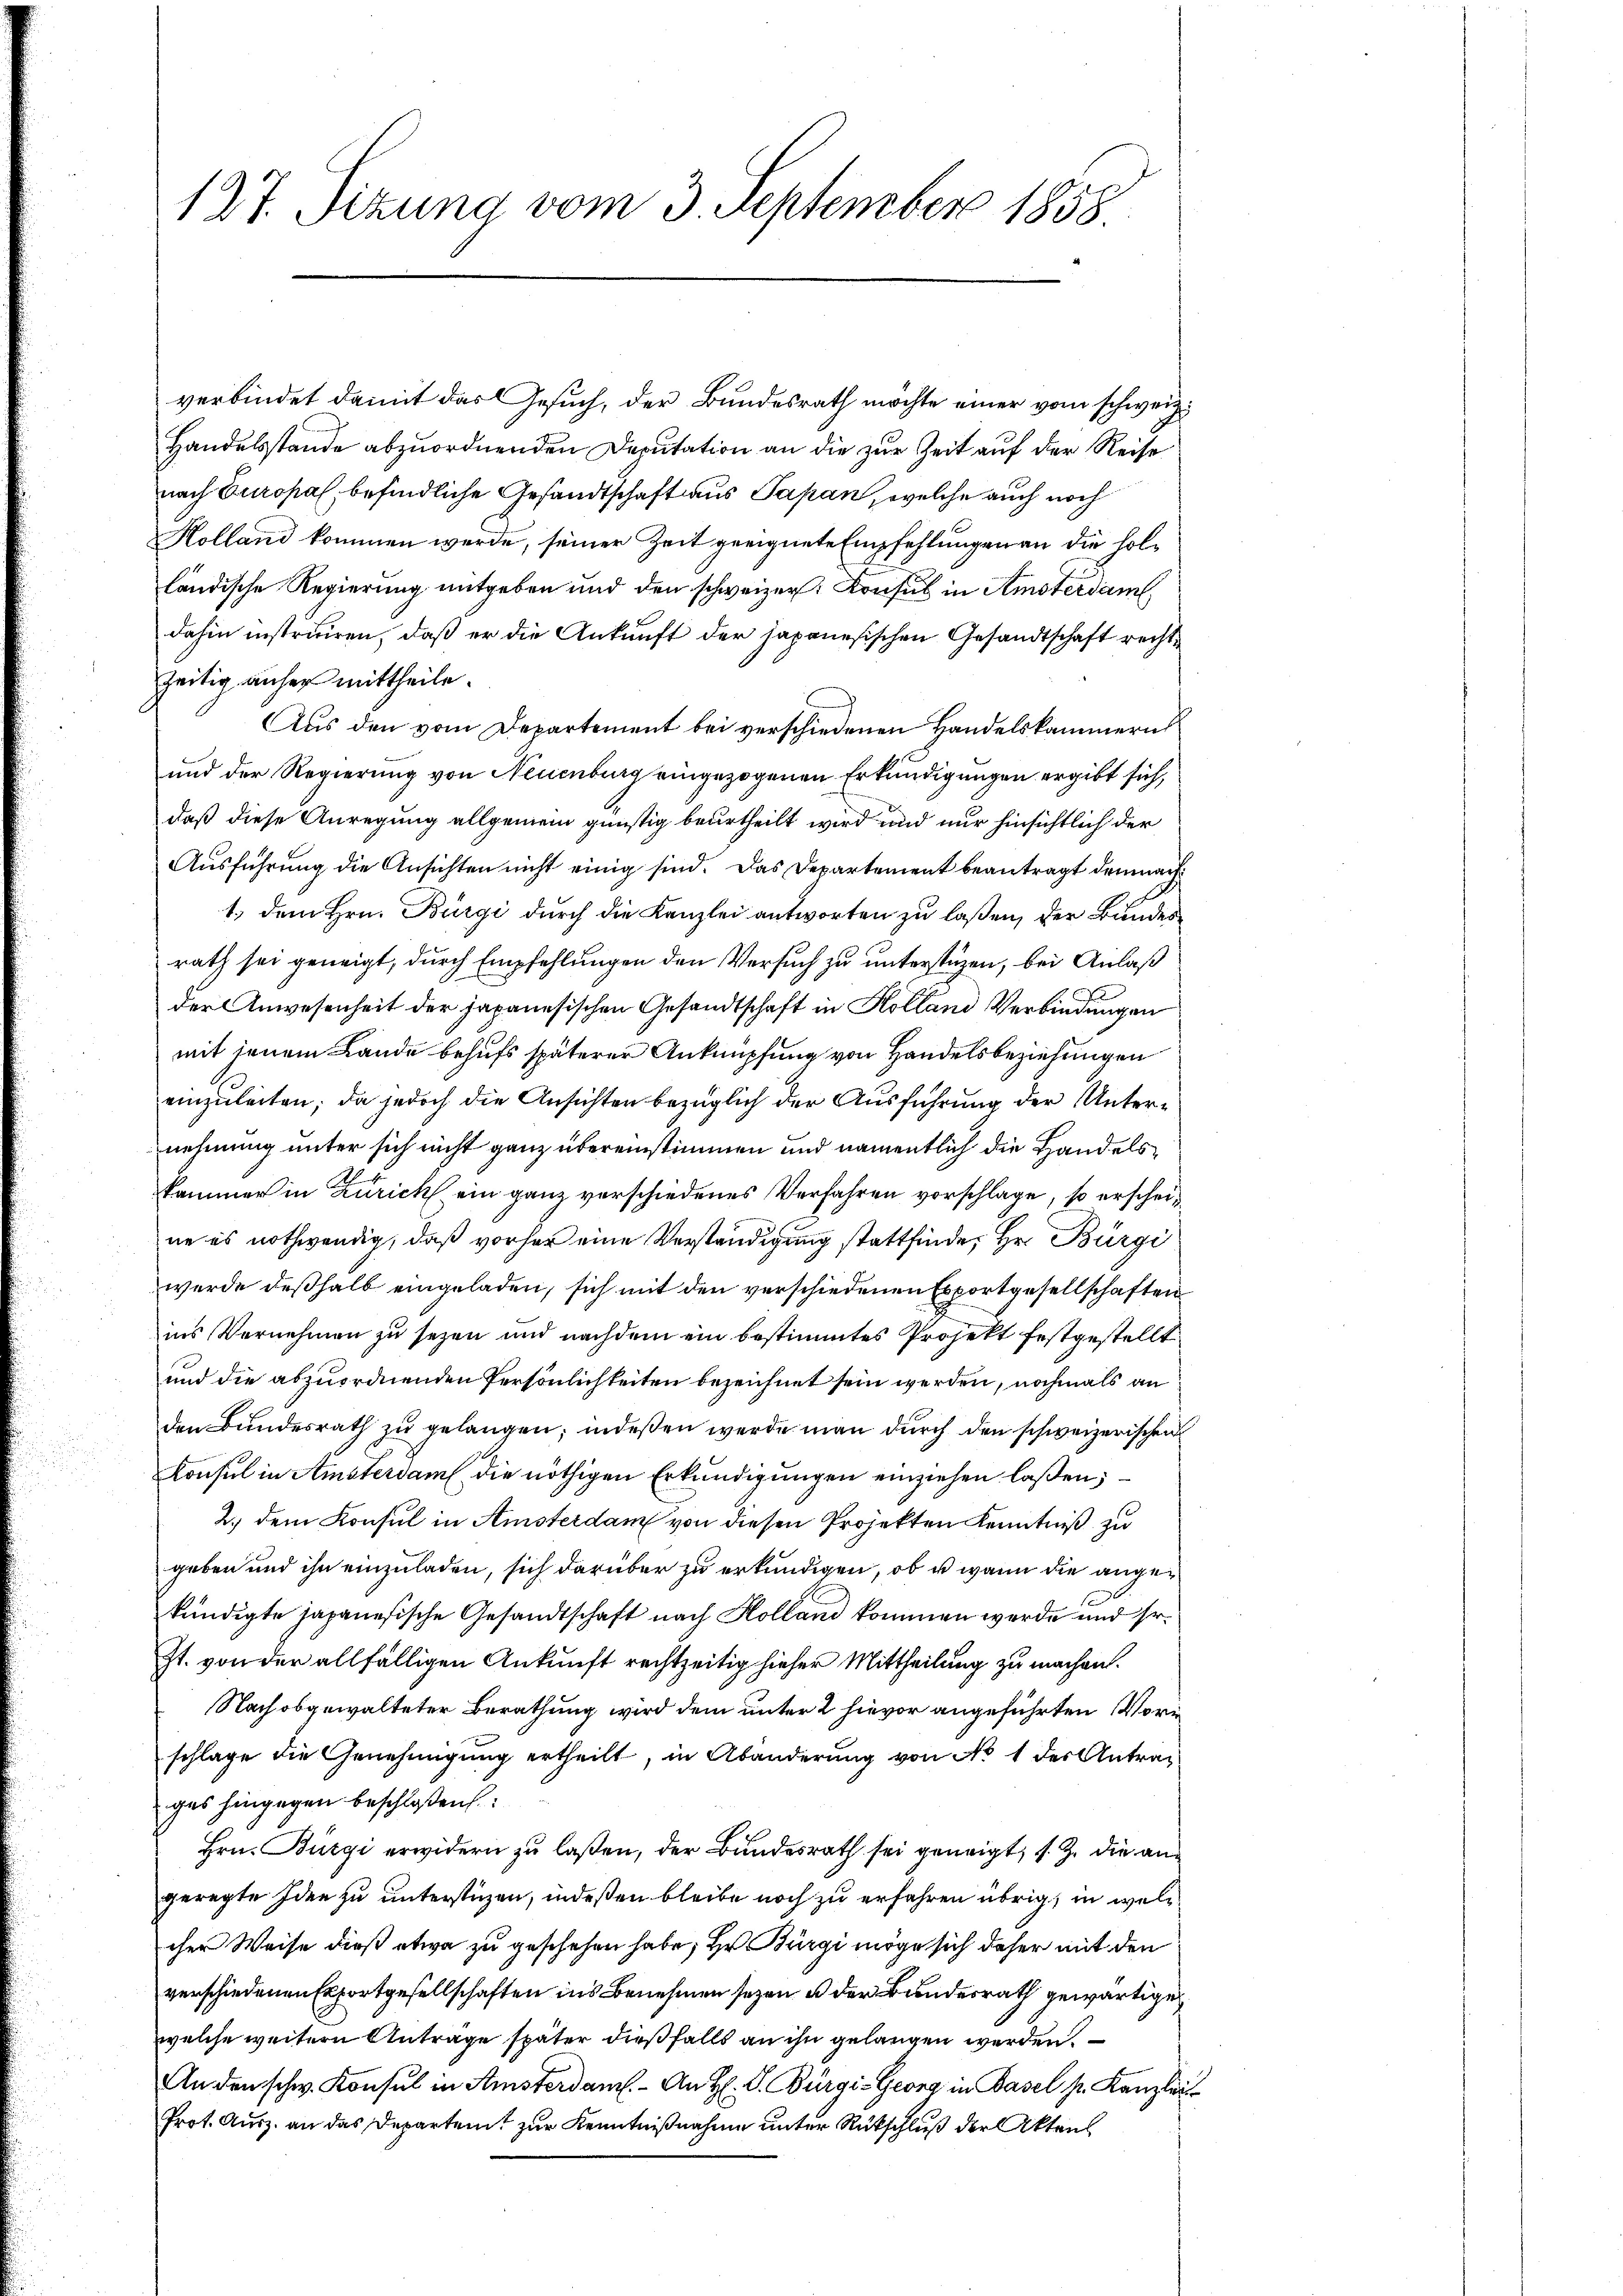
verbindet damit das Gesuch, der Bundesrath möchte einer vom schweiz.
Handelsstande abzuordnenden Deputation an die zur Zeit auf der Reise
nach Europal, befindliche Gesandtschaft aus Papan, welche auch noch
Kolland kommen werde, seiner Zeit geeignete Empfehlungen an die holländische Regierung entgeben und den schweizer Konsul in Amsterdam
dahin instruiren, daß er die Ankunft der japanesischen Gesandtschaft rechtzeitig anher mittheile.
Aus den vom Departement bei verschiedenen Handelskammerns
und der Regierung von Neuenburg eingezogenen Erkundigungen ergibt sich,
daß diese Anregung allgemein günstig beurtheilt wird und nur hinsichtlich der
Ausführung die Ansichten nicht einig sind. Das Departement beantragt demnach¬
1., dem Hrn. Bürgi durch die Kanzlei antworten zu laßen, der Bundes
rath sei geneigt, durch Empfehlungen den Versuch zu unterstüzen, bei Anlaß
der Anwesenheit der Japanesischen Gesandtschaft in Kolland Verbindungen
mit jenem Lande behufs späterer Anknüpfung von Handelsbeziehungen
einzuleiten; da jedoch die Ansichten bezüglich der Ausführung der Unternehmung unter sich nicht ganz übereinstimmen und namentlich die Handelskammer in Zürich ein ganz verschiedenes Verfahren vorschlage, so erscheine es nothwendig, daß vorher eine Verständigung stattfinde, Hr. Bürgi
werde deßhalb eingeladen, sich mit den verschiedenen Esportgesellschaften
ins Vernehmen zu sezen und nachdem ein bestimmtes Projekt festgestellt
und die abzuordnenden Persönlichkeiten bezeichnet sein werden, nochmals an
den Bundesrath zu gelangen, indeßen werde man durch den schweizerischen
Konsul in Amsterdam die nöthigen Erkundigungen einziehen laßen;
2.) dem Konsul in Amsterdam von diesen Projekten Kenntniß zu
geben und ihn einzuladen, sich darüber zu erkundigen, ob u. wann die angekündigte japanesische Gesandtschaft nach Holland kommen werde und sr.
Zt. von der allfälligen Ankunft rechtzeitig hieher Mittheilung zu machen.
Nach obgewalteter Berathung wird dem unter 2 hievor angeführten Vorschlage die Genehmigung ertheilt, in Abänderung von No 1 des Antrages hingegen beschloßen:
Hrn. Bürgi erwidern zu laßen, der Bundesrath sei geneigt, s. Z. die angeregte Idee zu unterstüzen, indeßen bleibe noch zu erfahren übrig, in welcher Weise dieß etwa zu geschehen habe; Hr Bürgi möge sich daher mit den
verschiedenen Erfortgesellschaften ins Benehmen seyen u der Bundesrath gewärtige
welche weitern Anträge später dießfalls an ihn gelangen werden.
An den schw. Konsul in Amsterdam. An H. V. Bürgi-Georg in Basel s. Kanzlei
Prot. Ausz. an das Departent zur Kenntnißnahme unter Rückschluß der Akten

127. Sizung vom 3. September 1858.